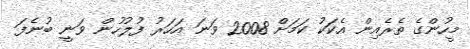
މީހުންގެ ތެރެއިން އެކަކު ކަމަށް 2008 ވަނަ އަހަރު ފުލުހުން ވަނީ ބުނެފަ